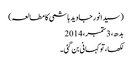
(سیدانورجاوید ہاشمی کا مطالعہ)
بدھ، 3 ستمبر، 2014
لکھا، تو کہانی بن گئی۔